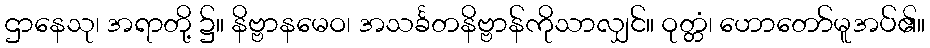
ဌာနေသု၊ အရာတို့ ၌။ နိဗ္ဗာနမေဝ၊ အသင်္ခတနိဗ္ဗာန်ကိုသာလျှင်။ ဝုတ္တံ၊ ဟောတော်မူအပ်၏။